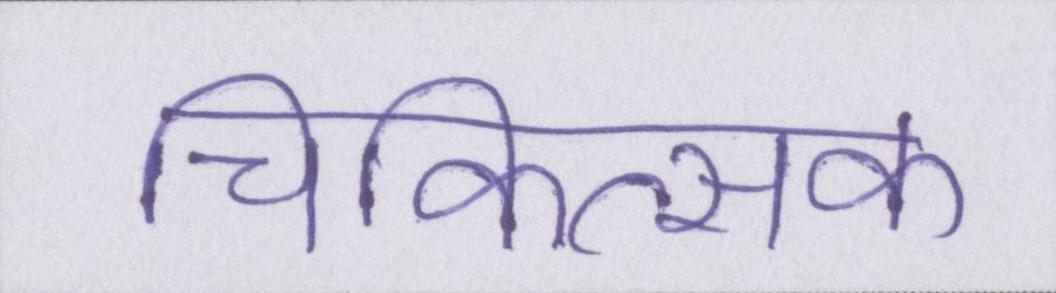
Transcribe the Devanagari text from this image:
चिकित्सक